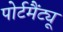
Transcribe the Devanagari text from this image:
पोर्टमैंट्यू